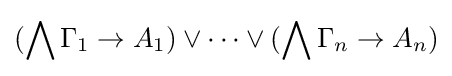
(\bigwedge \Gamma _{1}\to A_{1})\lor \dots \lor (\bigwedge \Gamma _{n}\to A_{n})